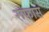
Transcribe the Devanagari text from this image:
रूफास